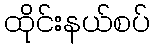
ထိုင်းနယ်စပ်